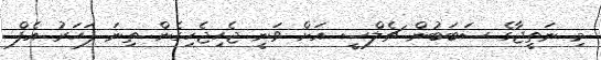
މި ނަތީޖާގެ ސަބަބުން ޗެލްސީ އަށް ވަނީ ޖެހިޖެހިގެން ތިނަ ފަހަރު އެފް.